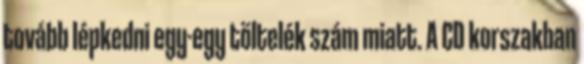
tovább lépkedni egy-egy töltelék szám miatt. A CD korszakban